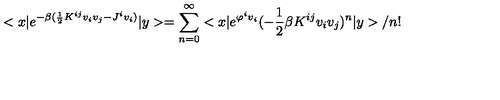
< x | e ^ { - \beta ( \frac { 1 } { 2 } K ^ { i j } v _ { i } v _ { j } - J ^ { i } v _ { i } ) } | y > = \sum _ { n = 0 } ^ { \infty } < x | e ^ { \varphi ^ { i } v _ { i } } ( - \frac { 1 } { 2 } \beta K ^ { i j } v _ { i } v _ { j } ) ^ { n } | y > / n !